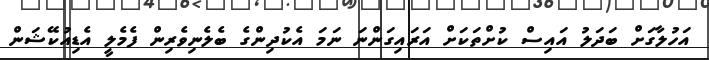
އަހުލާގަށް ބަދަލު އައިސް ކުށްތަކަށް އަރައިގަންނަ ނަމަ އެކުދިންގެ ބެލެނިވެރިން ފެމެލީ އެޑިއުކޭޝަން